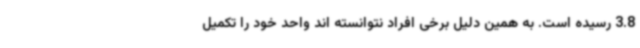
3.8 رسیده است. به همین دلیل برخی افراد نتوانسته اند واحد خود را تکمیل